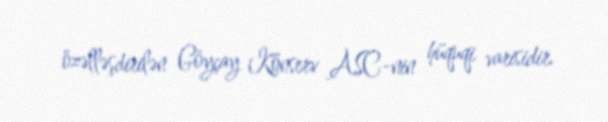
özəlləşdirilən Göyçay Konserv ASC-nin hüquqi varisidir.